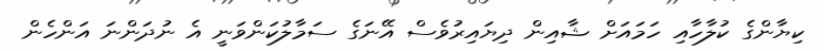
ކިޔާންގެ ކުލާހާއި ހަމައަށް ޝާއިން ދިޔައިރުވެސް އޭނަގެ ސަމާލުކަންވަނީ އެ ނުދަންނަ އަންހެން